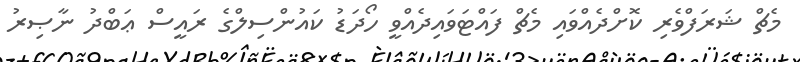
މެޗް ޝަރަފްވެރި ކޮށްދެއްވައި މެޗް ފައްޓަވައިދެއްވީ ހޯދަޑު ކައުންސިލްގެ ރައީސް ޢަބްދު ނާޞިރު